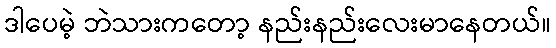
ဒါပေမဲ့ ဘဲသားကတော့ နည်းနည်းလေးမာနေတယ်။